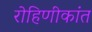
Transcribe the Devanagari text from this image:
रोहिणीकांत